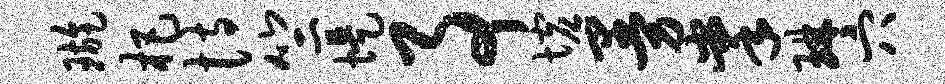
璇杷恃竺堤事墟曼掌琳穴